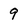
Character: 9